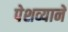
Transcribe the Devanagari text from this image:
पेशव्यानें